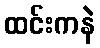
ထင်းကနဲ